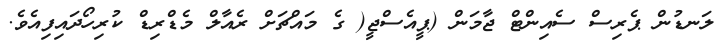
ލަނޑުން ޕެރިސް ސެއިންޓް ޖާމަން (ޕީއެސްޖީ( ގެ މައްޗަށް ރެއާލް މެޑްރިޑް ކުރިހޯދައިފިއެވެ.